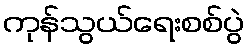
ကုန်သွယ်ရေးစစ်ပွဲ